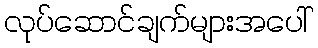
လုပ်ဆောင်ချက်များအပေါ်